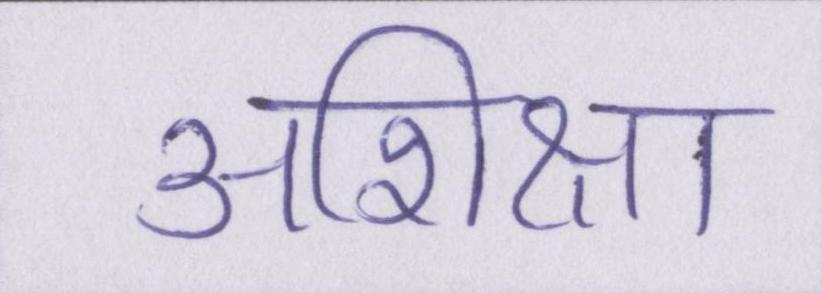
अशिक्षा